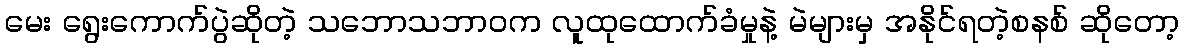
မေး ရွေးကောက်ပွဲဆိုတဲ့ သဘောသဘာဝက လူထုထောက်ခံမှုနဲ့ မဲများမှ အနိုင်ရတဲ့စနစ် ဆိုတော့